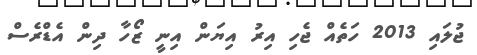
ޖުލައި 2013 ހަތެއް ޖެހި އިރު އިޔަން އިނީ ޒޯހާ ދިން އެޑްރެސް